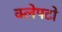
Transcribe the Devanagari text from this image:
क्लेपटो